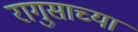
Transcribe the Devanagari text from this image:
रागुसाच्या